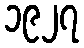
၁၉၂၇